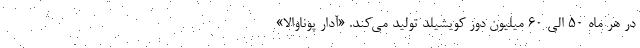
در هر ماه 50 الی 60 میلیون دوز کویشیلد تولید می‌کند. «آدار پوناوالا»